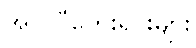
အပလီကေးရှင်းများ